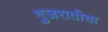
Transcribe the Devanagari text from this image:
गुजरातीचा